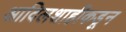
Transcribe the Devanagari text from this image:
आदिलशाहीकडून